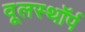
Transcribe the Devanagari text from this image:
वूलस्थॉर्प